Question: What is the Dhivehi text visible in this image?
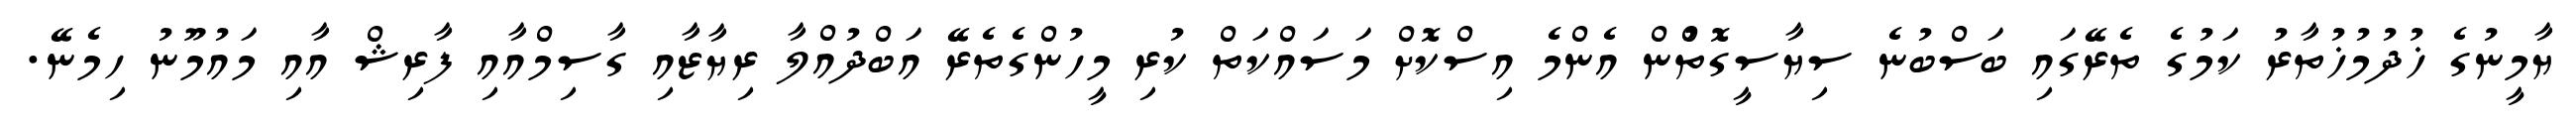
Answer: ޔާމީނުގެ ޚުދުމުޚުތާރު ކަމުގެ ތެރޭގައި ބަސްބުނެ ސިޔާސީގޮތުްން އެންމެ އިސްކޮށް މަސައްކަތް ކުރި މީހުންގެތެރޭ އަބްދުއްލާ ރިޔާޒާއި ގާސިމްއާއި ފާރިޝް އާއި މައުމޫނު ހިމެނޭ.